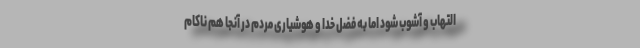
التهاب و آشوب شود اما به فضل خدا و هوشیاری مردم در آنجا هم ناکام